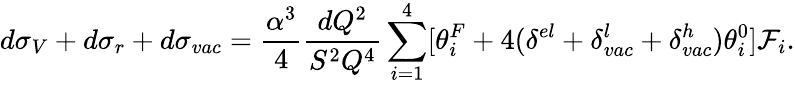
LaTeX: d\sigma_{V}+d\sigma_{r}+d\sigma_{vac}=\frac{\alpha^{3}}{4}\frac{dQ^{2}}{S^{2}Q^{4}}\sum_{i=1}^{4}[\theta_{i}^{F}+4(\delta^{el}+\delta_{vac}^{l}+\delta_{vac}^{h})\theta_{i}^{0}]{\cal F}_{i}.